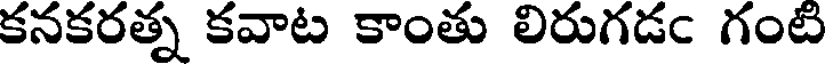
కనకరత్న కవాట కాంతు లిరుగడఁ గంటి